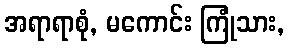
အရာရာစုံ, မကောင်း ကြုံသား,